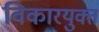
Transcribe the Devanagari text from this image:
विकारयुक्त